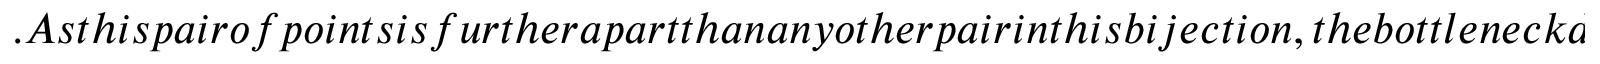
. A s t h i s p a i r o f p o i n t s i s f u r t h e r a p a r t t h a n a n y o t h e r p a i r i n t h i s b i j e c t i o n , t h e b o t t l e n e c k d i s t a n c e f o r t h e t w o n e t w o r k s i s \emph { a t m o s t t h r e e } , s i n c e w e t a k e a n i n f i m u m o v e r a l l p o s s i b l e b i j e c t i o n s . C o n v e r s e l y , t h e r e i s n o i n t e r v a l i n t h e h e x a g o n a l p e r s i s t e n c e d i a g r a m t h a t i s c l o s e r t o